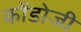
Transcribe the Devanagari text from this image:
कोंडोजी